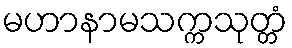
မဟာနာမသက္ကသုတ္တံ